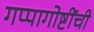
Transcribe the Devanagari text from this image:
गप्पागोष्टींची